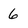
Character: 6